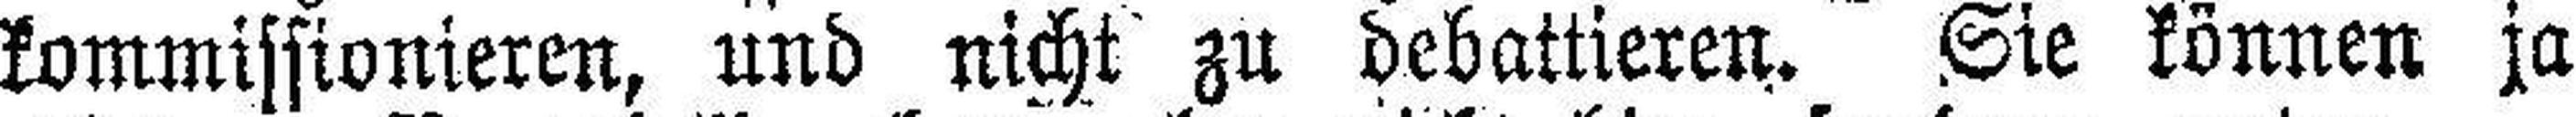
kommissionieren, und nicht zu debattieren. Sie können ja